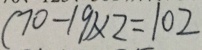
( 7 0 - 1 9 ) \times 2 = 1 0 2